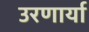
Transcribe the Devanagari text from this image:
उरणार्या